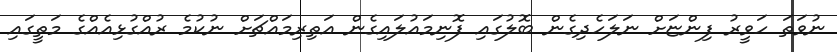
ނުވަތަ ހަވީރު ފިންޏަށް ނަލަހެދިގެން ބޮލުގައި ފޮނިމައުލައިގެން އަތިރިމައްޗަށް ނުކުމެ ރުއްގުޅިއެއްގެ މަތީގައި